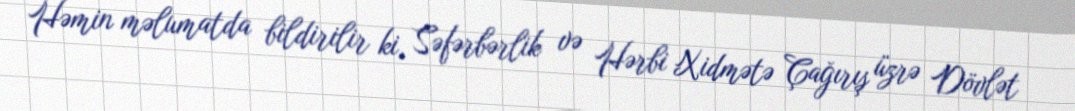
Həmin məlumatda bildirilir ki, Səfərbərlik və Hərbi Xidmətə Çağırış üzrə Dövlət